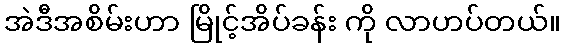
အဲဒီအစိမ်းဟာ မြိုင့်အိပ်ခန်း ကို လာဟပ်တယ်။